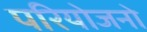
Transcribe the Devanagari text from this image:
परियोजनो